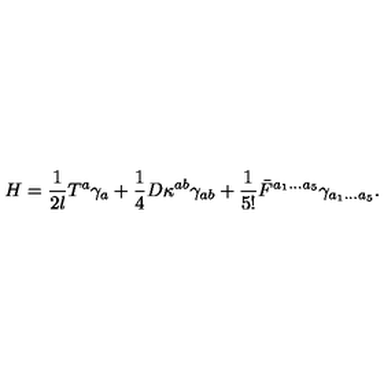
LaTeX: H = { \frac { 1 } { 2 l } } T ^ { a } \gamma _ { a } + { \frac { 1 } { 4 } } D \kappa ^ { a b } \gamma _ { a b } + { \frac { 1 } { 5 ! } } \bar { F } ^ { a _ { 1 } . . . a _ { 5 } } \gamma _ { a _ { 1 } . . . a _ { 5 } } .